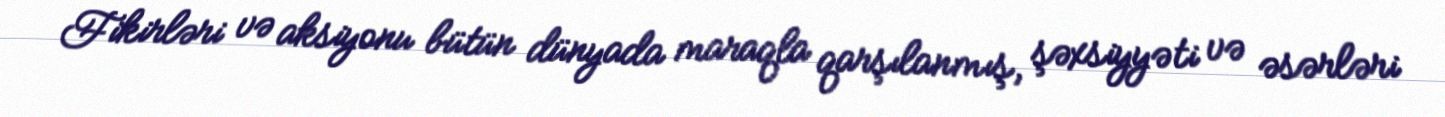
Fikirləri və aksiyonu bütün dünyada maraqla qarşılanmış, şəxsiyyəti və əsərləri